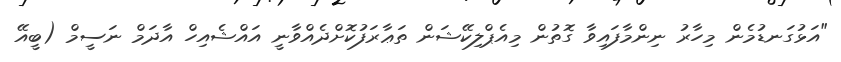
"އަޅުގަނޑުމެން މިހާރު ނިންމާފައިވާ ގޮތުން މިއެޕްލިކޭޝަން ތަޢާރަފުކޮށްދެއްވާނީ އައްޝެއިހް އާދަމް ނަސީމް (ބީއޭ